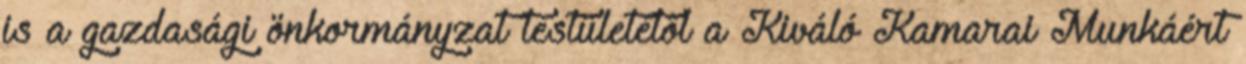
is a gazdasági önkormányzat testületétôl a Kiváló Kamarai Munkáért